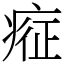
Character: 𱱗